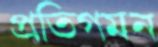
প্রতিগমন